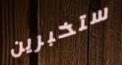
ستخبرين